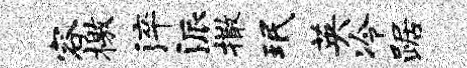
容檄淬派撒珉英冷踞